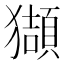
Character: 𤢺